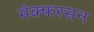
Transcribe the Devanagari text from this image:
मेक्फरसन